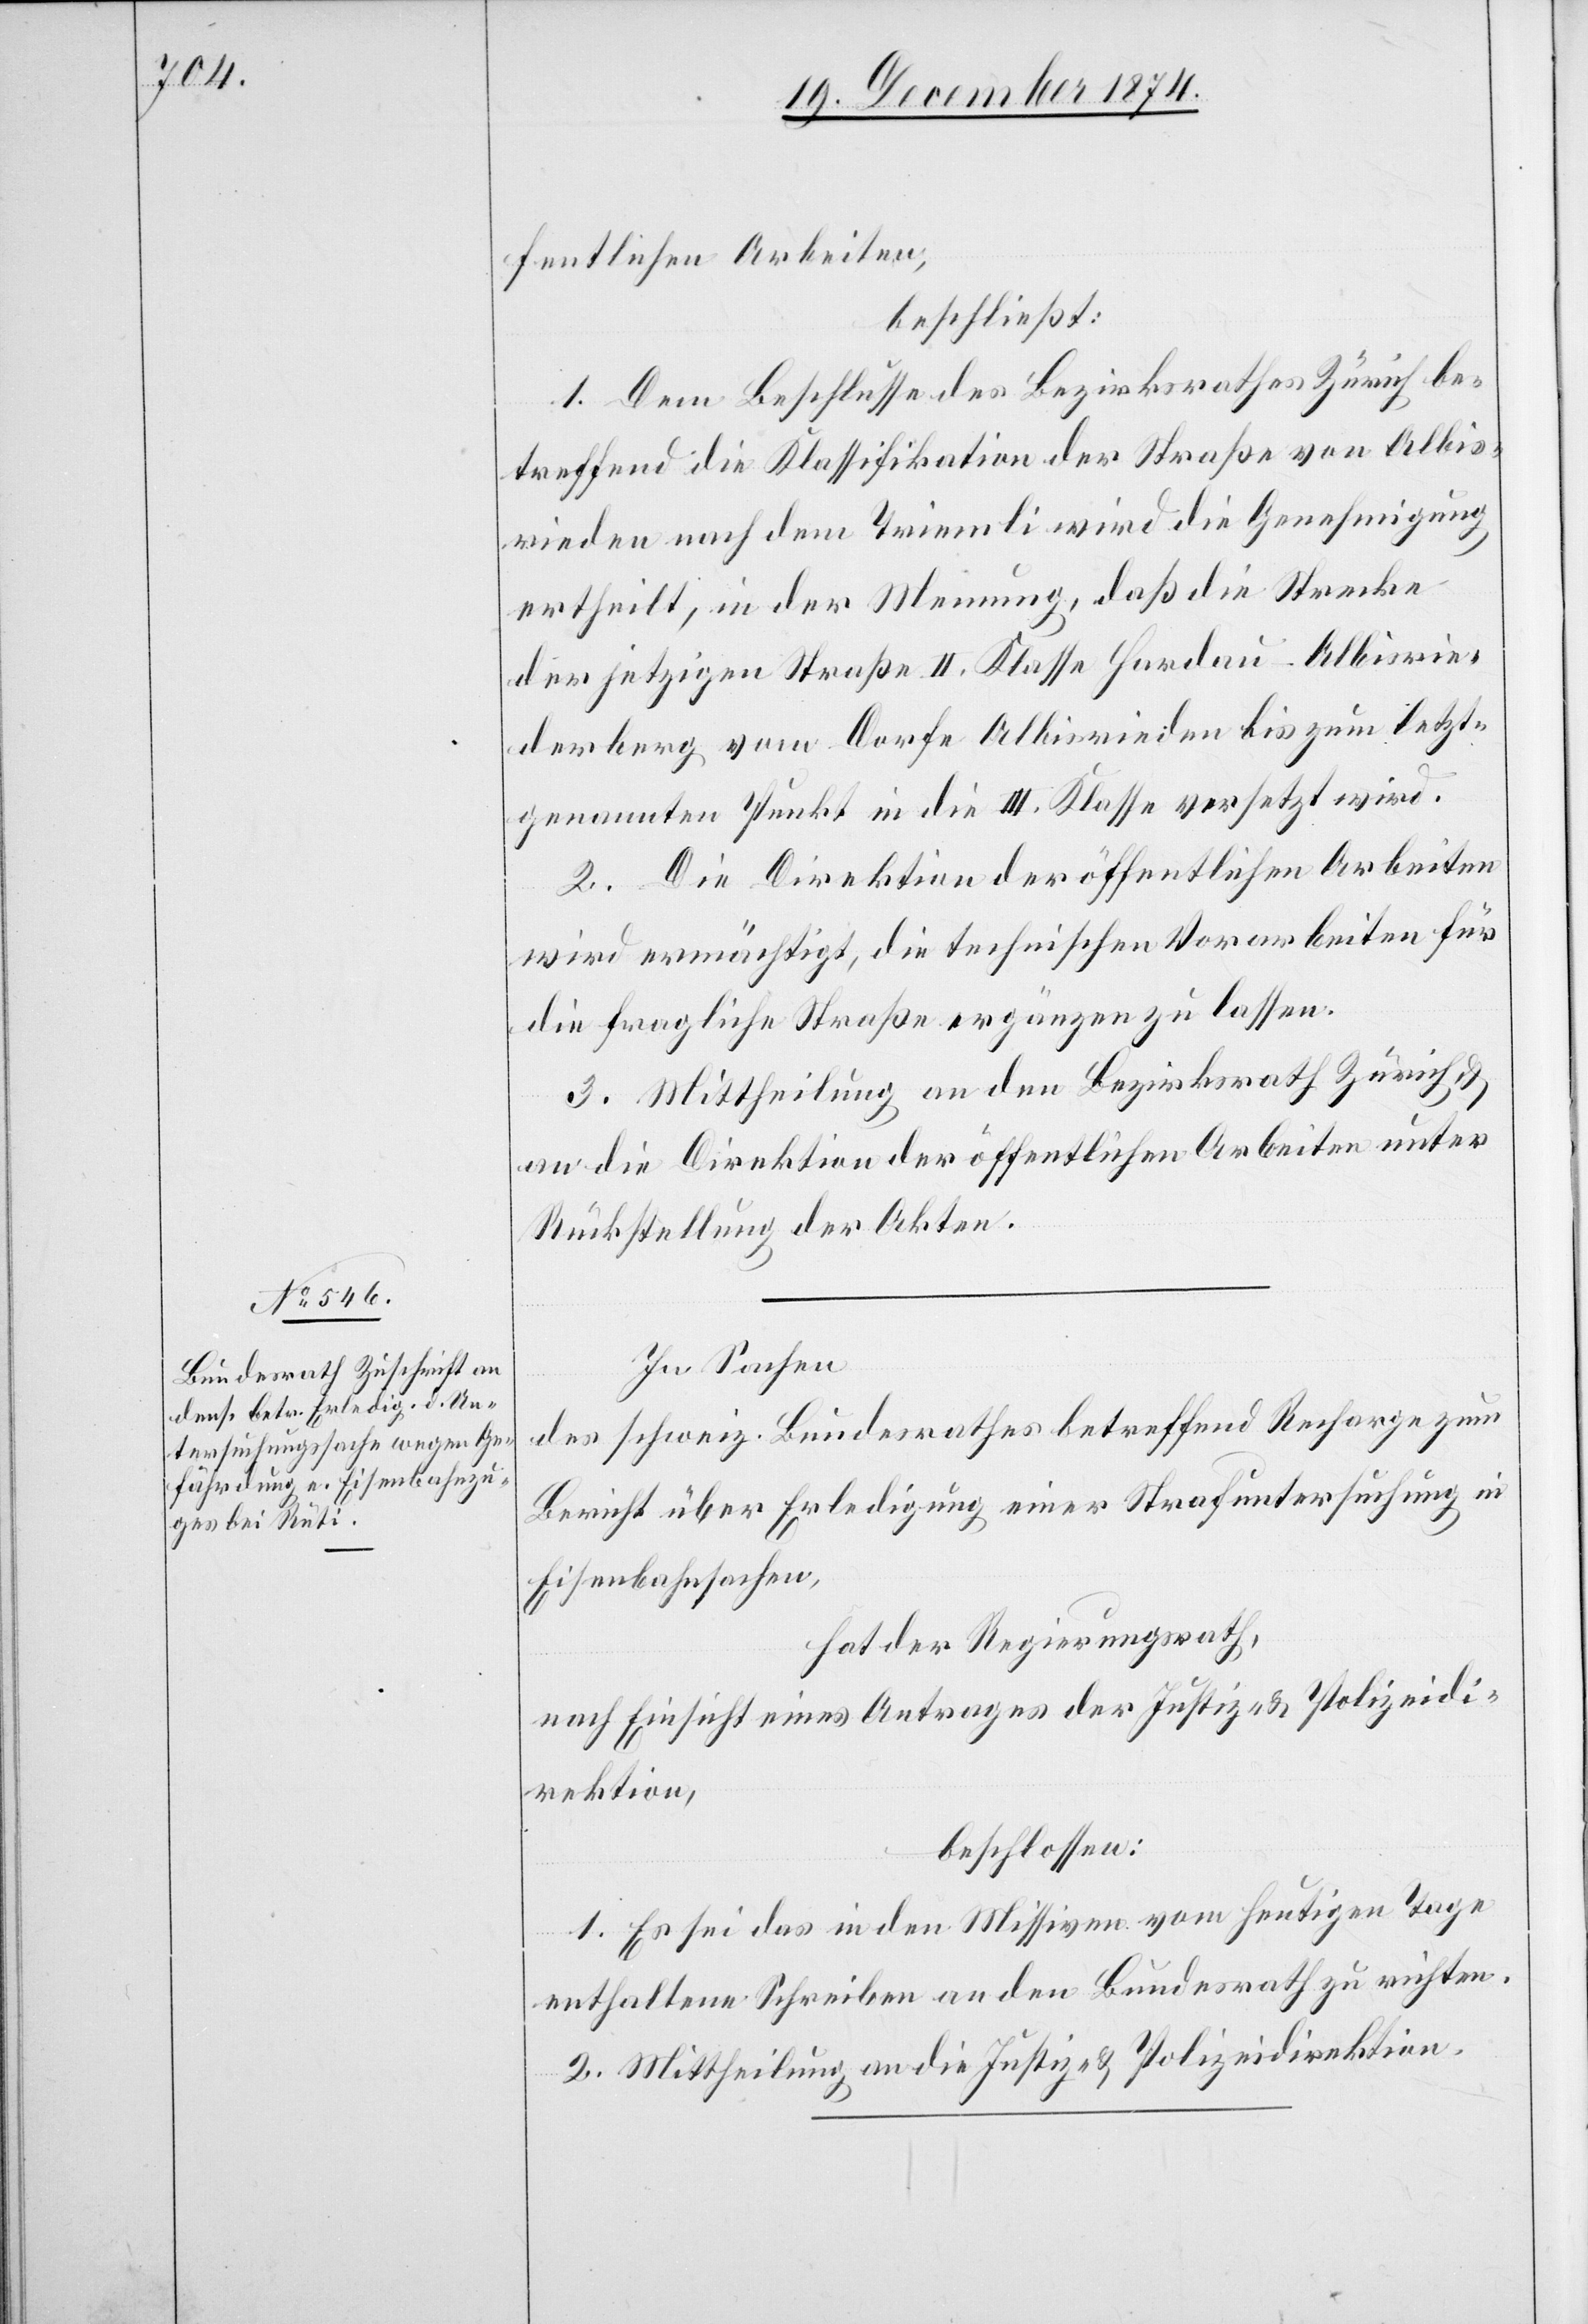
fentlichen Arbeiten,
beschließt:
1. Dem Beschlusse des Bezirksrathes Zürich be¬
treffend die Klassifikation der Straße von Albis¬
rieden nach dem Triemli wird die Genehmigung
ertheilt, in der Meinung, daß die Strecke
der jetzigen Straße II. Klasse Hardau–Albisrie¬
derberg vom Dorfe Albisrieden bis zum letzt¬
genannten Punkt in die III. Klasse versetzt wird.
2. Die Direktion der öffentlichen Arbeiten
wird ermächtigt, die technischen Vorarbeiten für
die fragliche Straße ergänzen zu lassen.
3. Mittheilung an den Bezirksrath Zürich &
an die Direktion der öffentlichen Arbeiten unter
Rückstellung der Akten.
In Sachen
des schweiz. Bundesrathes betreffend Recharge zum
Bericht über Erledigung einer Strafuntersuchung in
Eisenbahnsachen,
hat der Regierungsrath,
nach Einsicht eines Antrages der Justiz- & Polizeidi¬
rektion,
beschlossen:
1. Es sei das in den Missiven vom heutigen Tage
enthaltene Schreiben an den Bundesrath zu richten.
2. Mittheilung an die Justiz- & Polizeidirektion.